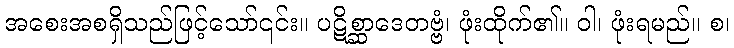
အစေးအစရှိသည်ဖြင့်သော်၎င်း။ ပဋိစ္ဆာဒေတဗ္ဗံ၊ ဖုံးထိုက်၏။ ဝါ၊ ဖုံးရမည်။ စ၊